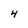
Character: 4